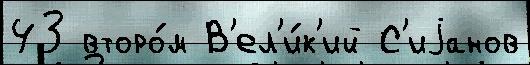
43 второ́м В'ел'и́к'ий С'иjанов